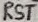
Text: RST